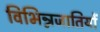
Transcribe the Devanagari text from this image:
विभिन्नजातियों